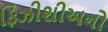
ફિઝીશીઅનો